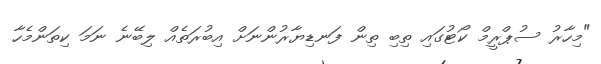
"މިހާރު ސުޕްރީމް ކޯޓުގައި ތިބި ތިން ފަނޑިޔާރުންނަށް އިބުރަތެއް ލިބޭނެ ނަމަ ކިތަންމެހާ